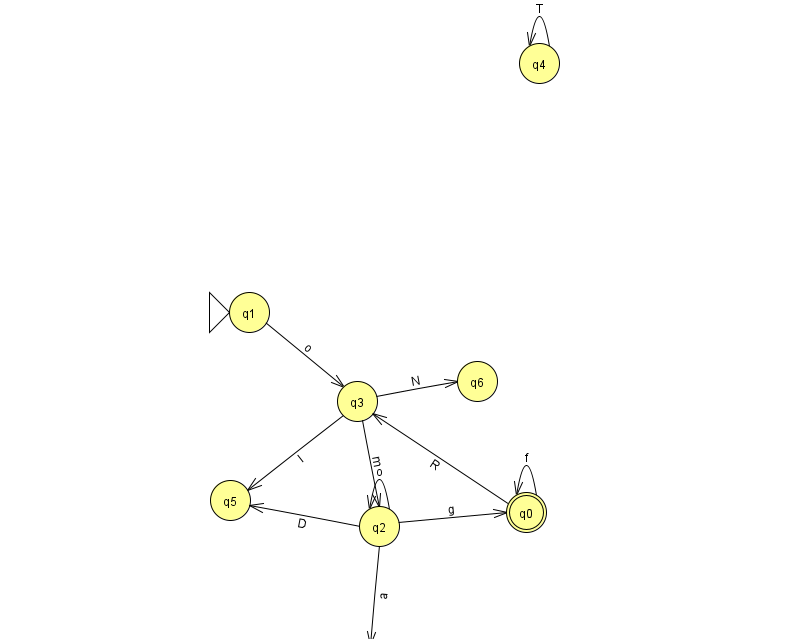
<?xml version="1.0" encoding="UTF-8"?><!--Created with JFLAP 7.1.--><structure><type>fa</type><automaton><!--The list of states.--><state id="0" name="q0"><x>526.0</x><y>499.0</y><final/></state><state id="1" name="q1"><x>249.0</x><y>299.0</y><initial/></state><state id="2" name="q2"><x>379.0</x><y>513.0</y></state><state id="3" name="q3"><x>357.0</x><y>388.0</y></state><state id="4" name="q4"><x>539.0</x><y>50.0</y></state><state id="5" name="q5"><x>230.0</x><y>487.0</y></state><state id="6" name="q6"><x>477.0</x><y>368.0</y></state><state id="7" name="q7"><x>366.0</x><y>651.0</y><final/></state><!--The list of transitions.--><transition><from>3</from><to>6</to><read>N</read></transition><transition><from>3</from><to>2</to><read>m</read></transition><transition><from>0</from><to>3</to><read>R</read></transition><transition><from>1</from><to>3</to><read>o</read></transition><transition><from>4</from><to>4</to><read>T</read></transition><transition><from>0</from><to>0</to><read>f</read></transition><transition><from>3</from><to>5</to><read>I</read></transition><transition><from>2</from><to>5</to><read>D</read></transition><transition><from>2</from><to>7</to><read>a</read></transition><transition><from>2</from><to>0</to><read>g</read></transition><transition><from>2</from><to>2</to><read>o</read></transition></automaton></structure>